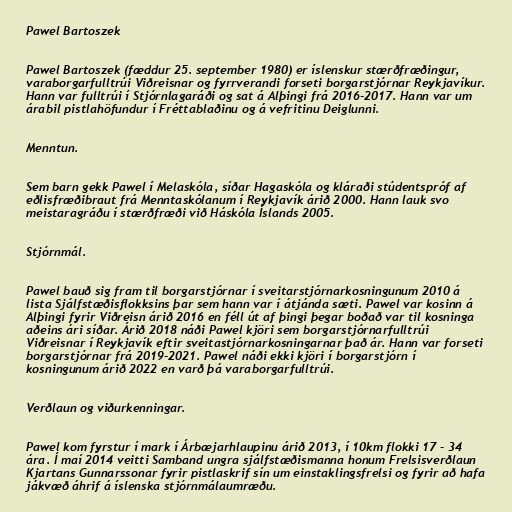
Pawel Bartoszek

Pawel Bartoszek (fæddur 25. september 1980) er íslenskur stærðfræðingur,
varaborgarfulltrúi Viðreisnar og fyrrverandi forseti borgarstjórnar Reykjavíkur.
Hann var fulltrúi í Stjórnlagaráði og sat á Alþingi frá 2016-2017. Hann var um
árabil pistlahöfundur í Fréttablaðinu og á vefritinu Deiglunni.

Menntun.

Sem barn gekk Pawel í Melaskóla, síðar Hagaskóla og kláraði stúdentspróf af
eðlisfræðibraut frá Menntaskólanum í Reykjavík árið 2000. Hann lauk svo
meistaragráðu í stærðfræði við Háskóla Íslands 2005.

Stjórnmál.

Pawel bauð sig fram til borgarstjórnar í sveitarstjórnarkosningunum 2010 á
lista Sjálfstæðisflokksins þar sem hann var í átjánda sæti. Pawel var kosinn á
Alþingi fyrir Viðreisn árið 2016 en féll út af þingi þegar boðað var til kosninga
aðeins ári síðar. Árið 2018 náði Pawel kjöri sem borgarstjórnarfulltrúi
Viðreisnar í Reykjavík eftir sveitastjórnarkosningarnar það ár. Hann var forseti
borgarstjórnar frá 2019-2021. Pawel náði ekki kjöri í borgarstjórn í
kosningunum árið 2022 en varð þá varaborgarfulltrúi.

Verðlaun og viðurkenningar.

Pawel kom fyrstur í mark í Árbæjarhlaupinu árið 2013, í 10km flokki 17 - 34
ára. Í maí 2014 veitti Samband ungra sjálfstæðismanna honum Frelsisverðlaun
Kjartans Gunnarssonar fyrir pistlaskrif sín um einstaklingsfrelsi og fyrir að hafa
jákvæð áhrif á íslenska stjórnmálaumræðu.